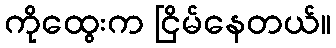
ကိုထွေးက ငြိမ်နေတယ်။